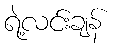
ရဲ့လင်းချန်